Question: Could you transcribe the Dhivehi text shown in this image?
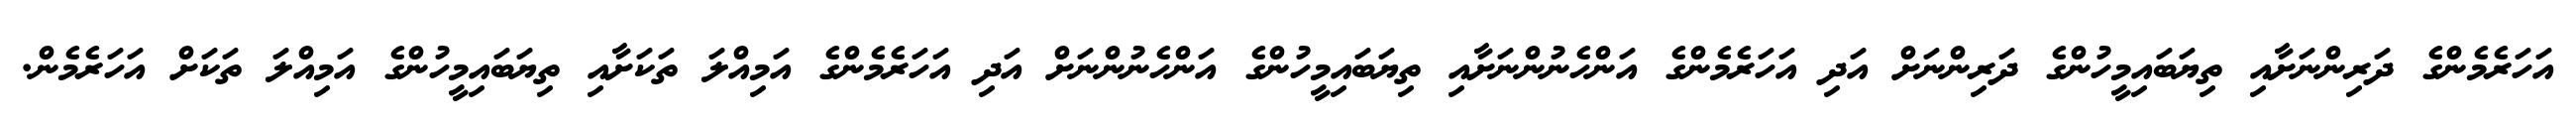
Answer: އަހަރެމެންގެ ދަރިންނަށާއި ތިޔަބައިމީހުންގެ ދަރިންނަށް އަދި އަހަރެމެންގެ އަންހެނުންނަށާއި ތިޔަބައިމީހުންގެ އަންހެނުންނަށް އަދި އަހަރެމެންގެ އަމިއްލަ ތަކަށާއި ތިޔަބައިމީހުންގެ އަމިއްލަ ތަކަށް އަހަރެމެން.